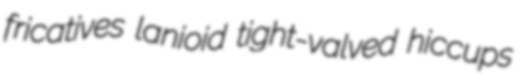
fricatives lanioid tight-valved hiccups